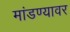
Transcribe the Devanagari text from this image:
मांडण्यावर